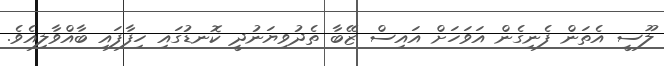
ލޫސީ އެތަން ފެނިގެން އަވަހަށް އައިސް ޒޭބާ ތެދުވިޔަނުދީ ކޮނޑުގައި ހިފާފައި ބާއްވާލިއެވެ.